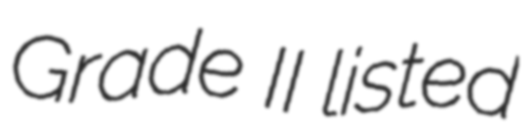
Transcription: Grade II listed